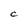
Character: C